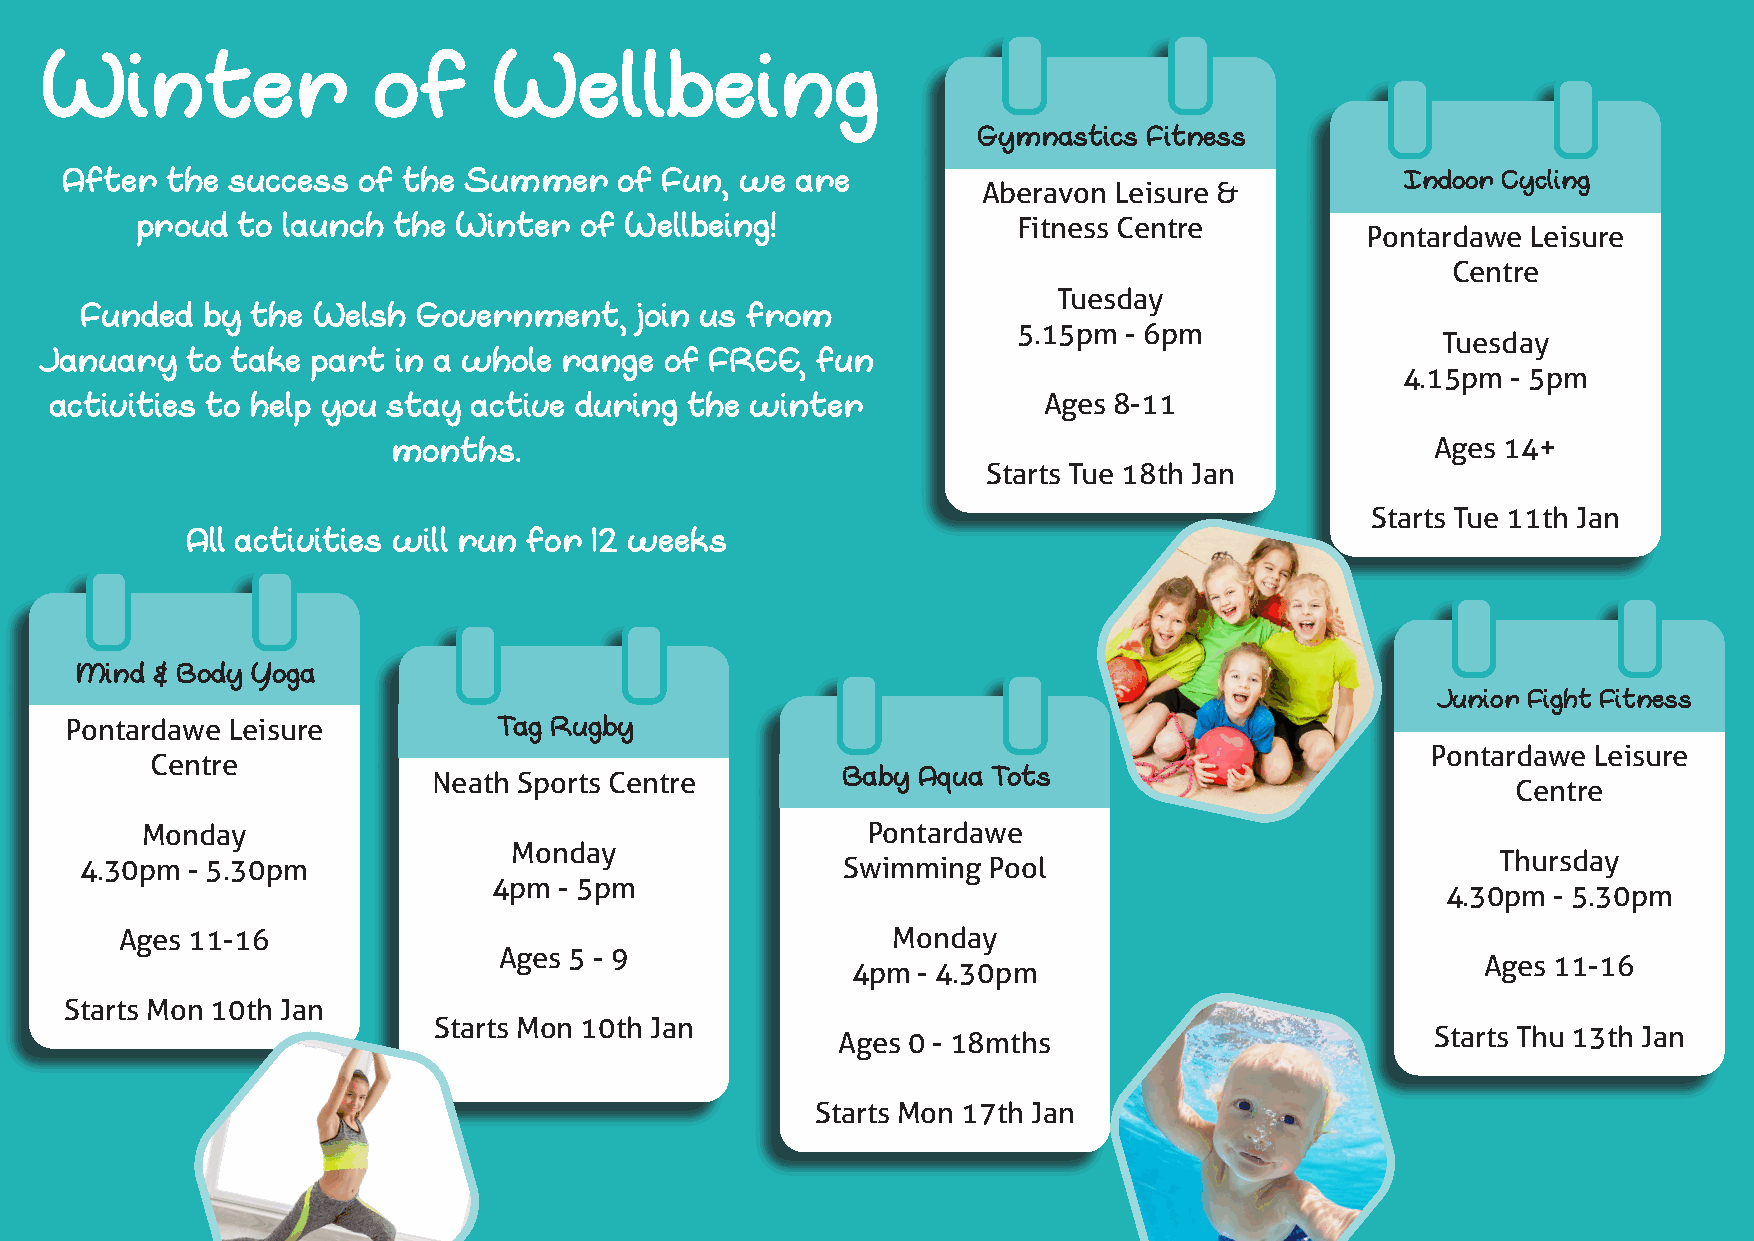
Winter                of      Wellbeing
 Gymnastics Fitness
 After  the success  of the Summer    of Fun, we  are                                     Indoor Cycling
 Aberavon Leisure &
 proud  to launch the Winter  of Wellbeing!                Fitness Centre
 Pontardawe Leisure
 Centre
 Tuesday
 Funded  by  the Welsh  Government,   join us from
 5.15pm  - 6pm
 Tuesday
 January  to take  part in a whole range  of FREE,  fun
 4.15pm - 5pm
 activities to help you stay active during  the winter             Ages 8-11
 months.                                                              Ages 14+
 Starts Tue 18th Jan
 Starts Tue 11th Jan
 All activities will run for 12 weeks
 Mind & Body Yoga
 Junior Fight Fitness
 Pontardawe Leisure           Tag Rugby
 Pontardawe Leisure
 Centre
 Neath Sports Centre        Baby Aqua Tots
 Centre
 Monday                                          Pontardawe
 Monday
 Thursday
 4.30pm  - 5.30pm                                   Swimming Pool
 4pm - 5pm
 4.30pm - 5.30pm
 Ages 11-16                                         Monday
 Ages 5 - 9
 Ages 11-16
 4pm  - 4.30pm
 Starts Mon 10th Jan
 Starts Mon 10th Jan
 Starts Thu 13th Jan
 Ages 0 - 18mths
 Starts Mon 17th Jan